Lunatic asylums in Bengal annual reports 1888-1898 - 1888-1898
Year: 1888
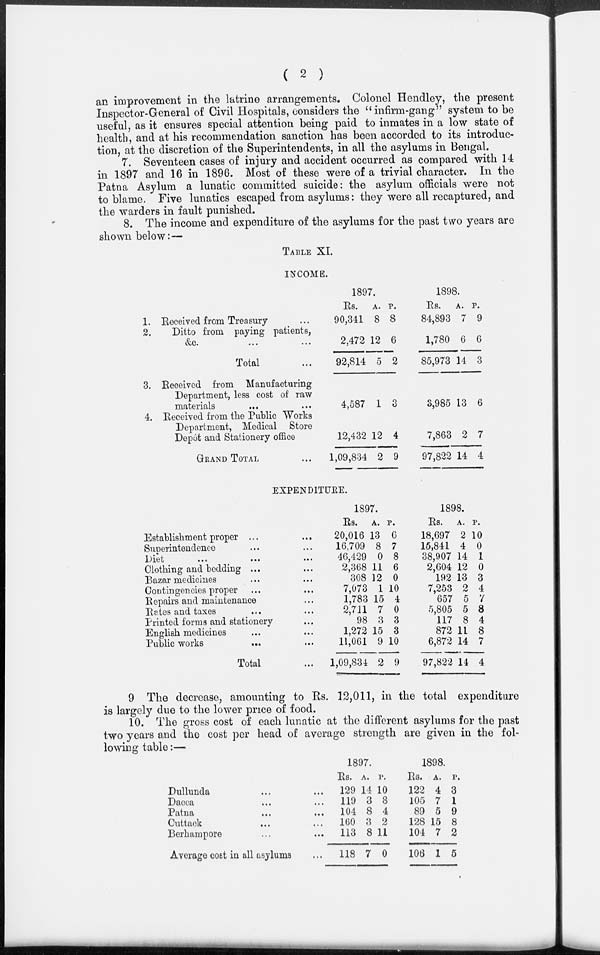
( 2 )
an improvement in the latrine arrangements. Colonel Hendley, the present
Inspector-General of Civil Hospitals, considers the "infirm-gang" system to be
useful, as it ensures special attention being paid to inmates in a low state of
health, and at his recommendation sanction has been accorded to its introduc-
tion, at the discretion of the Superintendents, in all the asylums in Bengal.
7. Seventeen cases of injury and accident occurred as compared with 14
in 1897 and 16 in 1896. Most of these were of a trivial character. In the
Patna Asylum a lunatic committed suicide: the asylum officials were not
to blame. Five lunatics escaped from asylums: they were all recaptured, and
the warders in fault punished.
8. The income and expenditure of the asylums for the past two years are
shown below:—
TABLE XI.
INCOME.
1. Received from Treasury ...
2.Ditto from paying patients,
&c. ... ...
Total ...
3. Received from Manufacturing
Department, less cost of raw
4. Received from the Public Works
Department, Medical Store
GRAND TOTAL ...
1897.
Rs.
90,341
2,472
92,814
4,587
12,432
1,09,834
A.
8
12
5
1
12
2
P.
8
6
2
3
4
9
1898.
Rs.
84,893
1,780
85,973
3,985
7,863
97,822
A.
7
6
14
13
2
14
P.
9
6
3
6
7
4
EXPENDITURE.
Establishment proper ... ...
Superintendence ... ...
Diet
...
...
...
Clothing and bedding ... ...
Bazar medicines ... ...
Contingencies proper ... ...
Repairs and maintenance ...
Rates and taxes ... ...
Printed forms and stationery ...
English medicines ... ...
Public works ... ...
Total ...
1897.
Rs.
20,016
16,709
46,429
2,368
308
7,073
1,783
2,711
98
1,272
11,061
1,09,834
A.
13
8
0
11
12
1
15
7
3
15
9
2
P.
6
7
8
6
0
10
4
0
3
3
10
9
1898.
Rs.
18,697
15,841
38,907
2,604
192
7,253
657
5,805
117
872
6,872
97,822
A.
2
4
14
12
13
2
5
5
8
11
14
14
P.
10
0
1
0
3
4
7
8
4
8
7
4
9 The decrease, amounting to Rs. 12,011, in the total expenditure
is largely due to the lower price of food.
10. The gross cost of each lunatic at the different asylums for the past
two years and the cost per head of average strength are given in the fol-
lowing table:—
Dullunda ... ...
Dacca ... ...
Patna ... ...
Cuttack ... ...
Berhampore ... ...
Average cost in all asylums ...
1897.
Rs.
129
119
104
160
113
118
A.
14
3
8
3
8
7
P.
10
8
4
2
11
0
1898.
Rs.
122
105
89
128
104
106
A.
4
7
5
15
7
1
P.
3
1
9
8
2
5